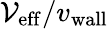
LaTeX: {\mathcal{V}_{\mathrm{{eff}}}}/{v_{\mathrm{{wall}}}}